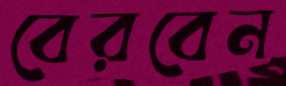
বেরবেন